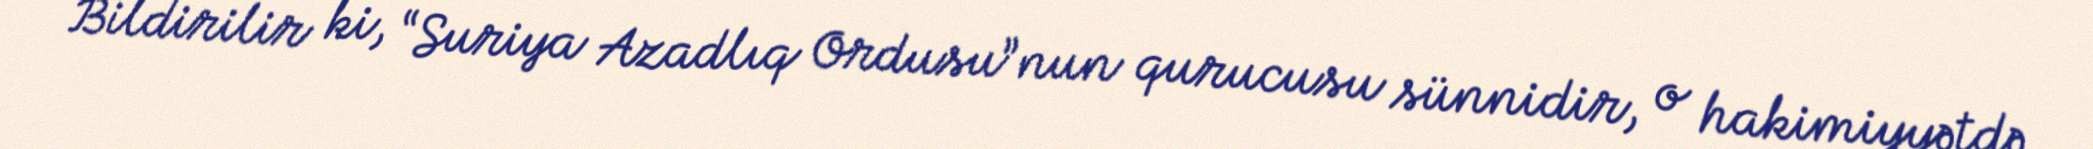
Bildirilir ki, “Suriya Azadlıq Ordusu”nun qurucusu sünnidir, o hakimiyyətdə